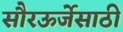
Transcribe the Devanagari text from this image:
सौरऊर्जेसाठी